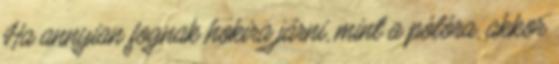
Ha annyian fognak hokira járni, mint a pólóra, akkor